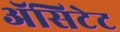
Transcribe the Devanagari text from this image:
ॲसिटेट